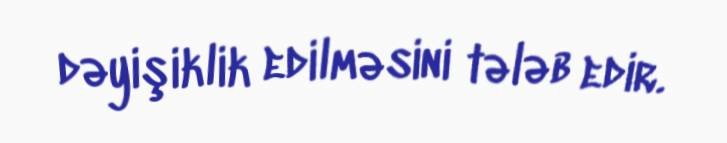
dəyişiklik edilməsini tələb edir.